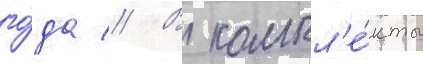
го́да // В компл'е́кты